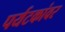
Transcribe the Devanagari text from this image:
पर्यटकांवर